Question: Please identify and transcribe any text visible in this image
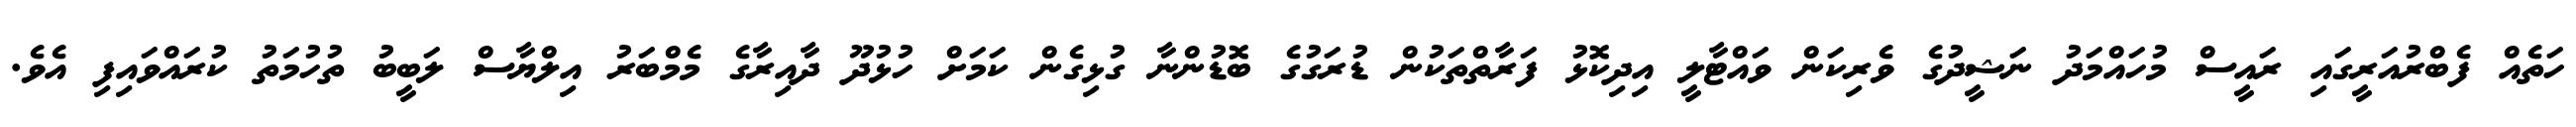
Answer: ހަތެއް ފެބްރުއަރީގައި ރައީސް މުހައްމަދު ނަޝީދުގެ ވެރިކަން ވައްޓާލީ އިދިކޮޅު ފަރާތްތަކުން ޑުރަގުގެ ބޮޑުންނާ ގުޅިގެން ކަމަށް ހުޅުދޫ ދާއިރާގެ މެމްބަރު އިލްޔާސް ލަބީބު ތުހުމަތު ކުރައްވައިފި އެވެ.